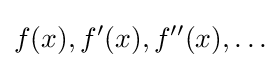
f(x),f'(x),f^{\prime \prime }(x),\ldots